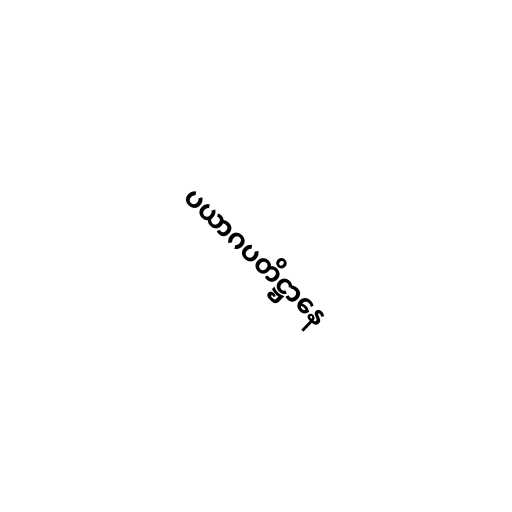
ပယာဂပတိဋ္ဌာနေ